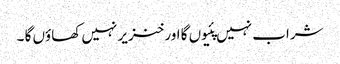
شراب نہیں پئیوں گا اور خنزیر نہیں کھاؤں گا ۔